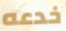
خدعه